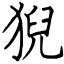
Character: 猊